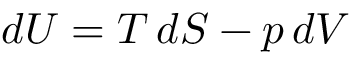
d U = T \, d S - p \, d V